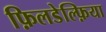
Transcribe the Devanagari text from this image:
फ़िलडेल्फ़िया